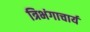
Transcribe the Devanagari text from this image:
त्रिभंगाचार्य